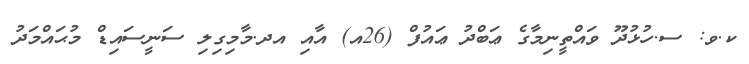
ކ.ވ: ސ.ހުޅުުދޫ ވައްތީނިމާގެ ޢަބްދު ޢައުފް (26އ) އާއި އދ.މާމިގިލި ސަނީސައިޑް މުޙައްމަދު